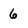
Character: 6